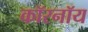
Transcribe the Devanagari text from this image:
कॉरनॉय